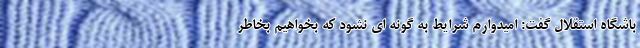
باشگاه استقلال گفت: امیدوارم شرایط‌ به گونه ای نشود که بخواهیم بخاطر